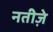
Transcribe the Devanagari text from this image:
नतीज़े